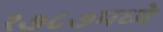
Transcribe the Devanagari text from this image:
१७८७मध्ये